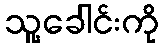
သူ့ခေါင်းကို